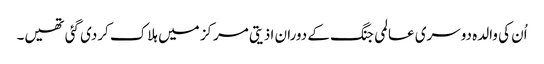
اُن کی والدہ دوسری عالمی جنگ کے دوران اذیتی مرکز میں ہلاک کردی گئی تھیں۔